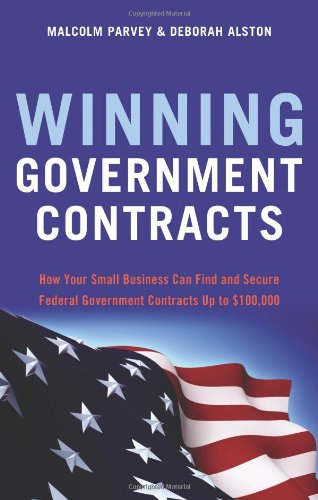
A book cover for Winning Government Contracts: How Your Small Business Can Find and Secure Federal Government Contracts Up to $100,000; Malcolm Parvey; Law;